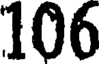
106